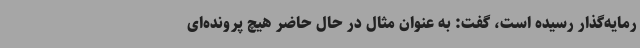
رمایه‌گذار رسیده است، گفت: به عنوان مثال در حال حاضر هیچ پرونده‌ای